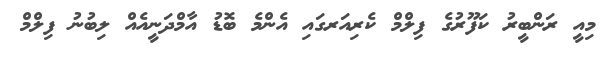
މިއީ ރަންބީރު ކަފޫރުގެ ފިލްމް ކެރިއަރގައި އެންމެ ބޮޑު އާމްދަނީއެއް ލިބުނު ފިލްމް